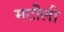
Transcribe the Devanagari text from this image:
मटौली